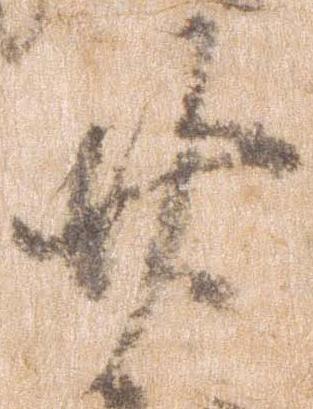
廿